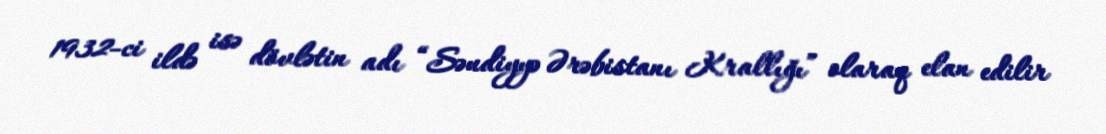
1932-ci ildə isə dövlətin adı “Səudiyyə Ərəbistanı Krallığı” olaraq elan edilir